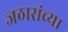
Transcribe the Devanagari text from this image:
जठारांच्या